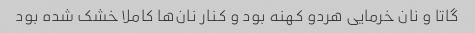
گاتا و نان خرمایی هردو کهنه بود و کنار نان‌ها کاملا خشک شده بود